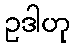
ဥဒါဟု